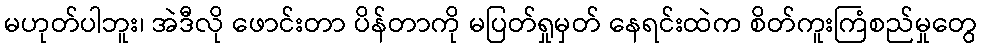
မဟုတ်ပါဘူး၊ အဲဒီလို ဖောင်းတာ ပိန်တာကို မပြတ်ရှုမှတ် နေရင်းထဲက စိတ်ကူးကြံစည်မှုတွေ